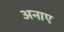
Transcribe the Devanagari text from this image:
अनाए